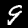
Digit: 9